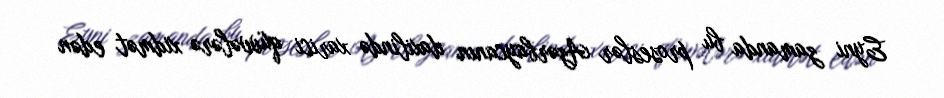
Eyni zamanda bu proseslər Azərbaycanın daxilində xarici qüvvələrə xidmət edən